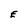
Character: E